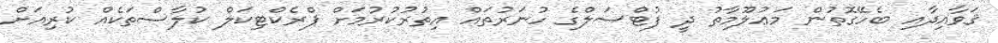
ޤަވާއިދާއި ބެހޭގޮތުން މަޢުލޫމާތު ދީ ފުޓްސަލްގެ ހުނަރުތައް އިތުރުކުރުމަށް ޕްރެކްޓިކަލް ކުލާސްތަކެއް ކުރިއަށް